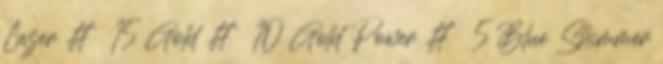
Lazer # 15 Gold # 10 Gold Power # 5 Blue Shimmer